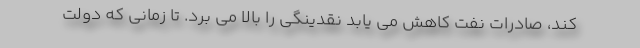
کند، صادرات نفت کاهش می یابد نقدینگی را بالا می برد. تا زمانی که دولت